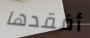
أفقدها